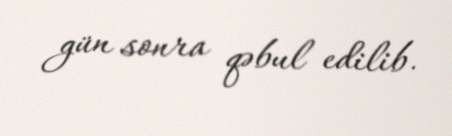
gün sonra qəbul edilib.